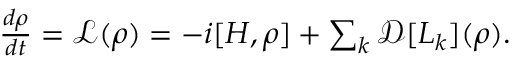
\begin{array} { r } { \frac { d \rho } { d t } = \mathcal { L } ( \rho ) = - i [ H , \rho ] + \sum _ { k } \mathcal { D } [ L _ { k } ] ( \rho ) . } \end{array}